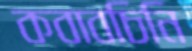
কবাবচিনি